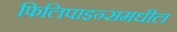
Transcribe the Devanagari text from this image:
फिलिपाइन्समधील